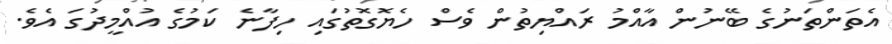
އެތަންތަނުގެ ބޭނުން އާއްމު ރައްޔިތުން ވެސް ހެޔޮގޮތުގައި ހިފާނެ ކަމުގެ އުއްމީދުގަ އެވެ.